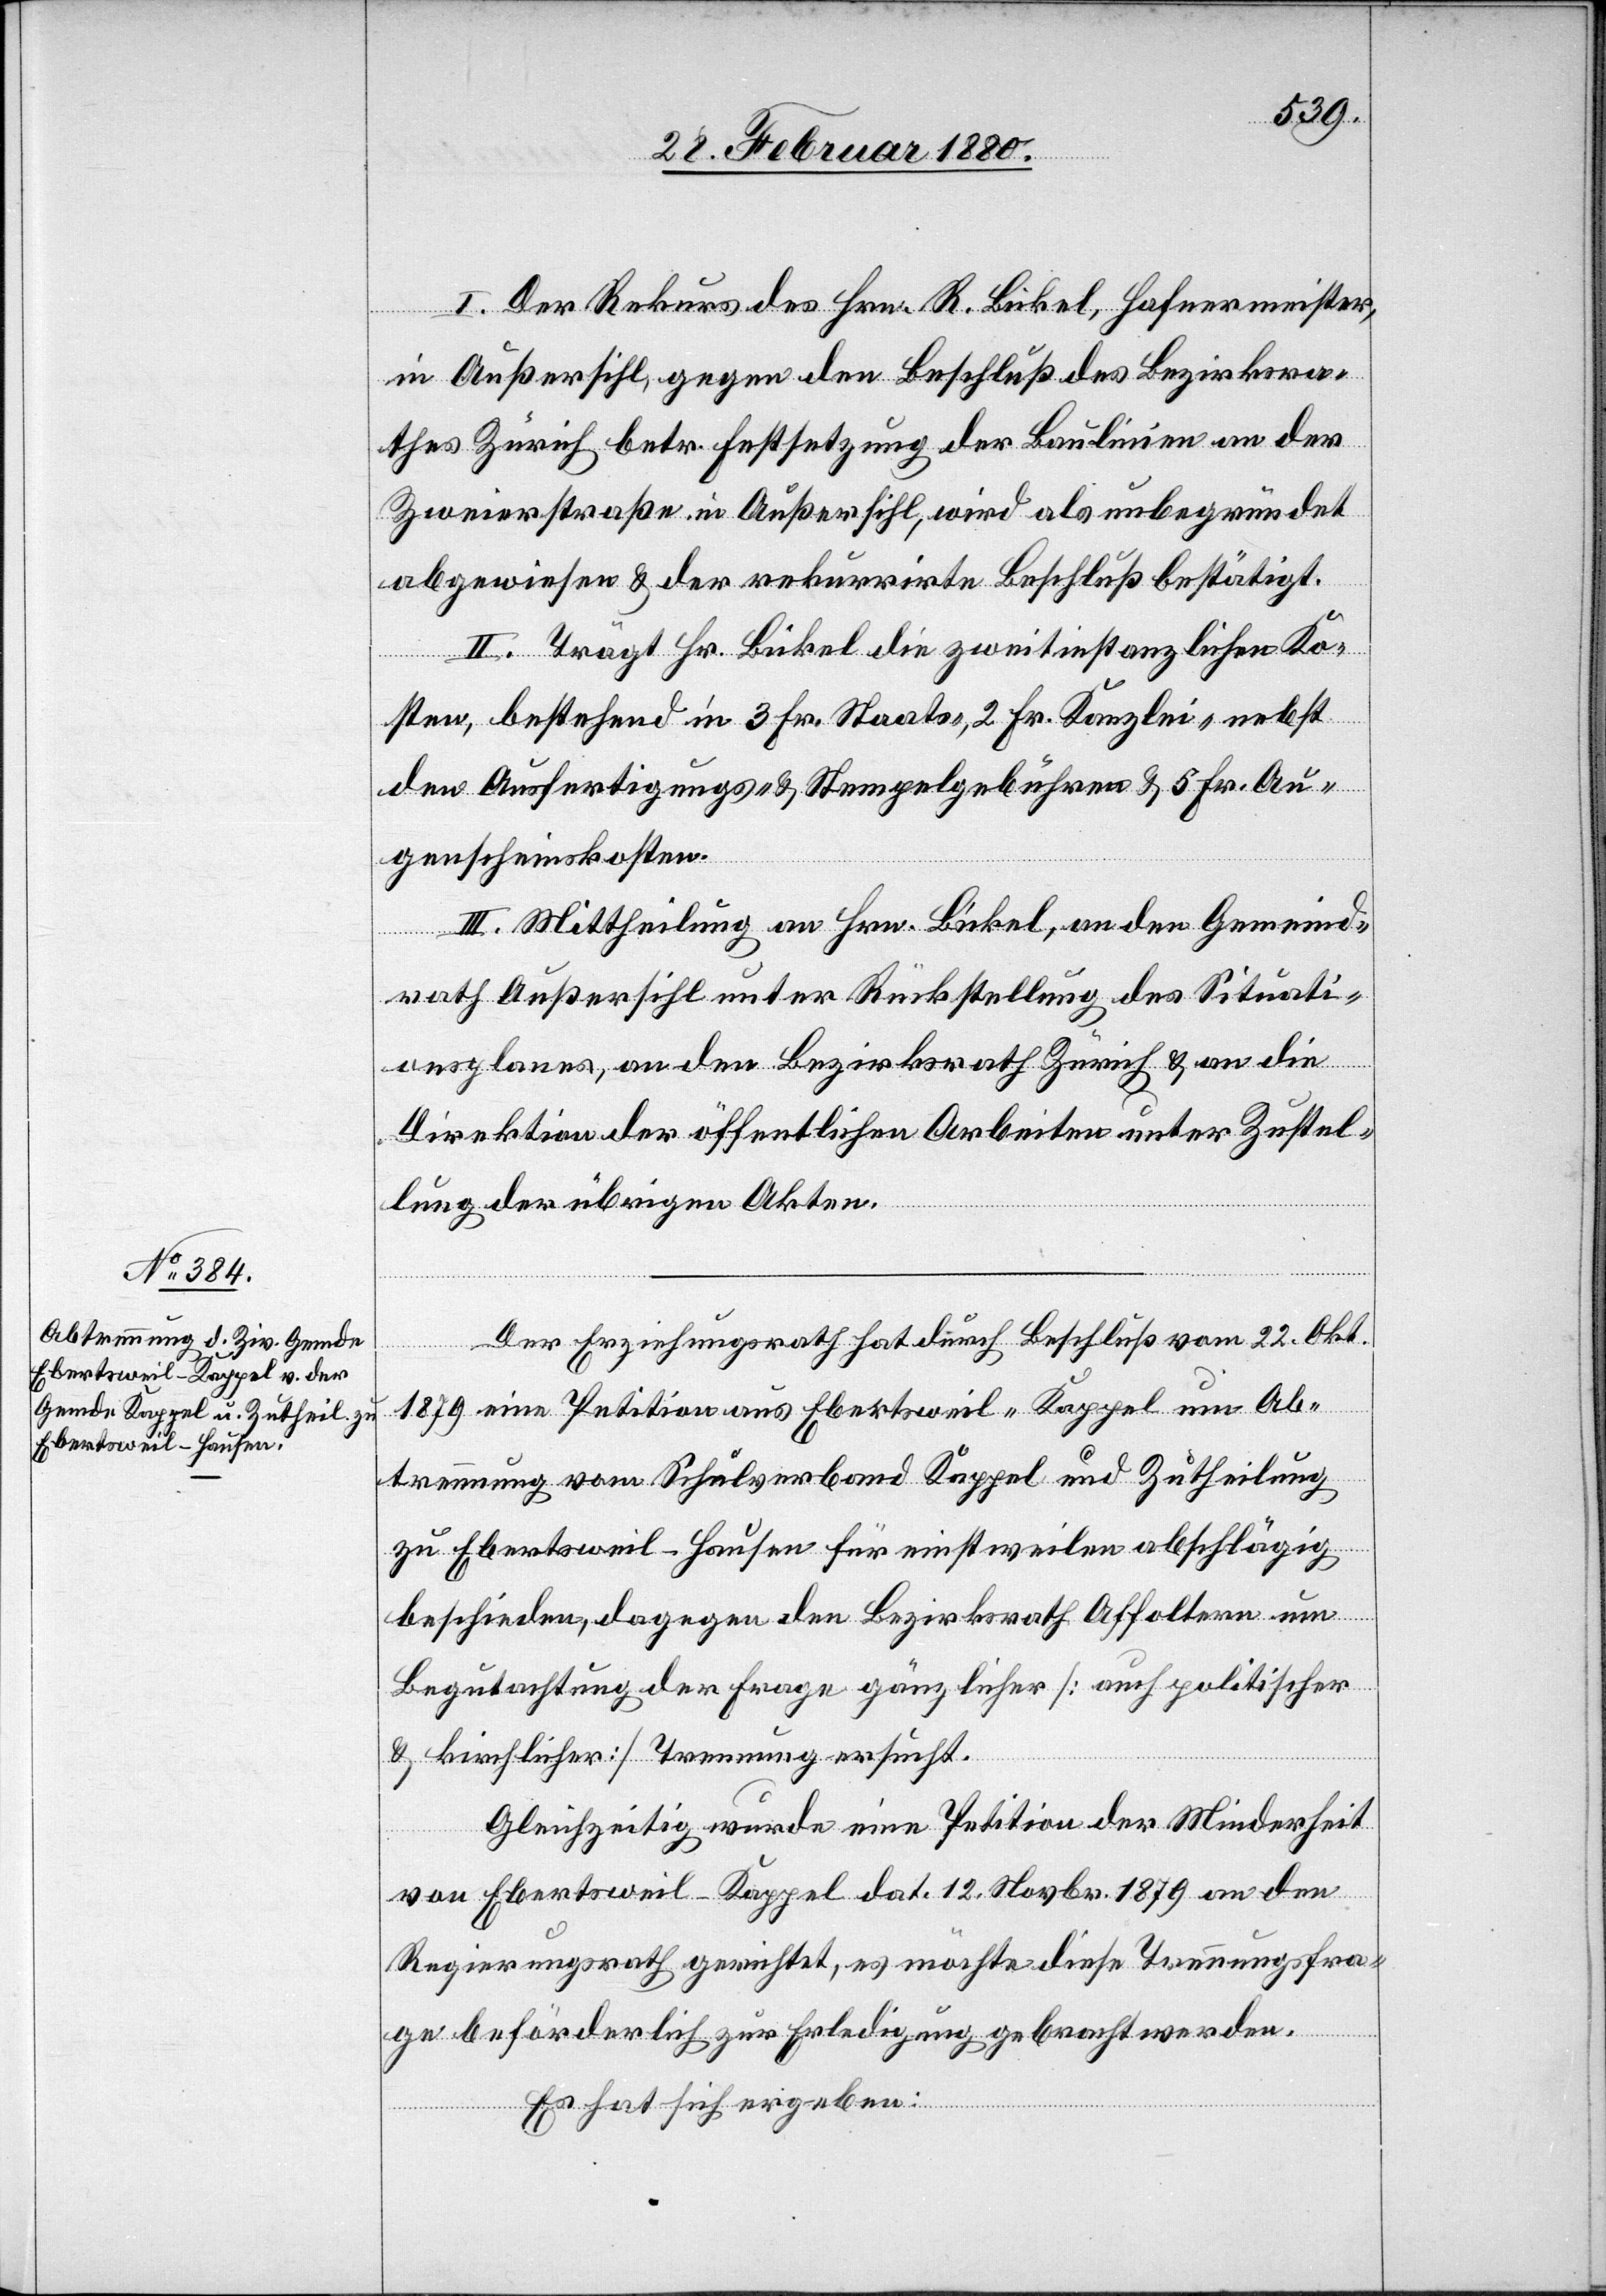
I. Der Rekurs des Hrn. R. Bickel, Hafnermeister,
in Außersihl, gegen den Beschluß des Bezirksra¬
thes Zürich betr. Festsetzung der Baulinien an der
Zweierstraße in Außersihl, wird als unbegründet
abgewiesen & der rekurrirte Beschluß bestätigt.
II. Trägt Hr. Bickel die zweitinstanzlichen Ko¬
sten, bestehend in 3 Fr. Staats-, 2 Fr. Kanzlei- nebst
den Ausfertigungs- & Stempelgebühren & 5 Fr. Au¬
genscheinkosten.
III. Mittheilung an Hrn. Bickel, an den Gemeind¬
rath Außersihl unter Rückstellung des Situati¬
onsplanes, an den Bezirksrath Zürich & an die
Direktion der öffentlichen Arbeiten unter Zustel¬
lung der übrigen Akten.
Der Erziehungsrath hat durch Beschluß vom 22. Okt.
1879 eine Petition aus Ebertsweil-Kappel um Ab¬
trennung vom Schulverband Kappel und Zutheilung
zu Ebertsweil-Hausen für einstweilen abschlägig
beschieden, dagegen den Bezirksrath Affoltern um
Begutachtung der Frage gänzlicher [auch politischer
& kirchlicher] Trennung ersucht.
Gleichzeitig wurde eine Petition der Minderheit
von Ebertsweil-Kappel dat. 12. Novbr. 1879 an den
Regierungsrath gerichtet, es möchte diese Trennungsfra¬
ge beförderlich zur Erledigung gebracht werden.
Es hat sich ergeben: